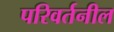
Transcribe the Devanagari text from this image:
परिवर्तनील